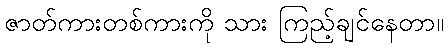
ဇာတ်ကားတစ်ကားကို သား ကြည့်ချင်နေတာ။